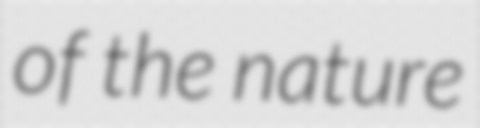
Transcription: of the nature